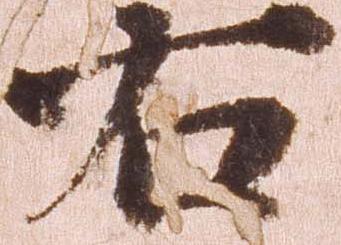
右